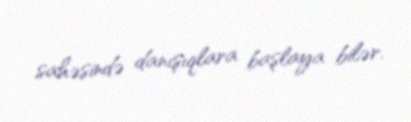
sahəsində danışıqlara başlaya bilər.